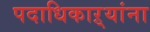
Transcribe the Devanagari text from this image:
पदाधिकाऱ्यांना